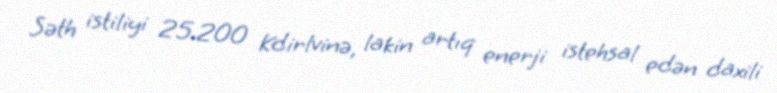
Səth istiliyi 25.200 Kdirlvinə, lakin artıq enerji istehsal edən daxili